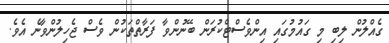
ގެއްލުން ލިބި މި ގައުމުގައި އިންވެސްޓްކުރަން ބޭނުންވާ ފަރާތްތަކުން ވެސް ޖެހިލުންވާނެ އެވެ.